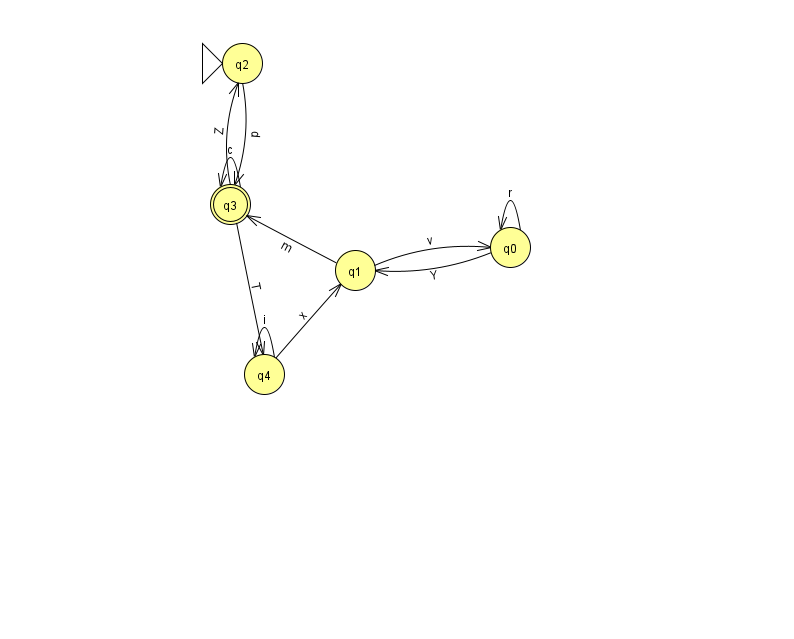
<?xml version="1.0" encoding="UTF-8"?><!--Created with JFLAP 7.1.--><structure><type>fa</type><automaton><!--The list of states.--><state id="0" name="q0"><x>510.0</x><y>234.0</y></state><state id="1" name="q1"><x>355.0</x><y>257.0</y></state><state id="2" name="q2"><x>242.0</x><y>50.0</y><initial/></state><state id="3" name="q3"><x>230.0</x><y>191.0</y><final/></state><state id="4" name="q4"><x>264.0</x><y>361.0</y></state><!--The list of transitions.--><transition><from>0</from><to>1</to><read>Y</read></transition><transition><from>2</from><to>3</to><read>p</read></transition><transition><from>0</from><to>0</to><read>r</read></transition><transition><from>3</from><to>3</to><read>c</read></transition><transition><from>3</from><to>4</to><read>T</read></transition><transition><from>4</from><to>4</to><read>i</read></transition><transition><from>3</from><to>2</to><read>Z</read></transition><transition><from>4</from><to>1</to><read>x</read></transition><transition><from>1</from><to>3</to><read>m</read></transition><transition><from>1</from><to>0</to><read>v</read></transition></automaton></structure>